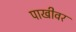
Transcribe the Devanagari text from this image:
पाखीवर